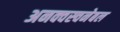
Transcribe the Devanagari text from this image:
अनक्वस्चनेबल